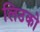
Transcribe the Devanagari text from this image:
लिउको